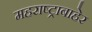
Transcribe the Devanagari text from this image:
महराष्ट्राबाहेर